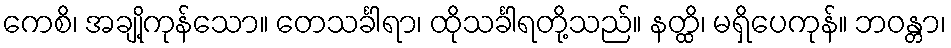
ကေစိ၊ အချို့ကုန်သော။ တေသင်္ခါရာ၊ ထိုသင်္ခါရတို့သည်။ နတ္ထိ၊ မရှိပေကုန်။ ဘဝန္တာ၊